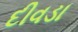
દીવડા